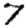
Digit: 7